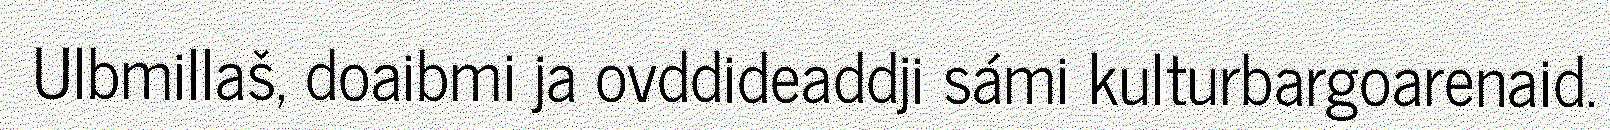
Ulbmillaš, doaibmi ja ovddideaddji sámi kulturbargoarenaid.